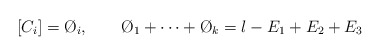
\begin{align*}[C_i] = \O_i, \qquad \O_1 + \dots + \O_k = l - E_1 + E_2 + E_3\end{align*}